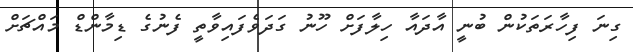
ގިނަ ފިހާރަތަކުން ބުނީ އާދައާ ހިލާފަށް ހޫނު ގަދަވެފައިވާތީ ފެނުގެ ޑިމާންޑް މައްޗަށް